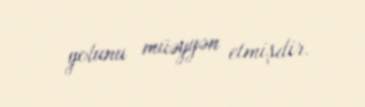
yolunu müəyyən etmişdir.